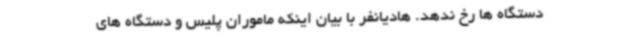
دستگاه ها رخ ندهد. هادیانفر با بیان اینکه ماموران پلیس و دستگاه های